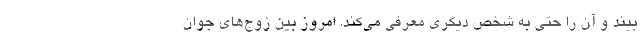
بیند و آن را حتی به شخص دیگری معرفی می‌کند. امروز بین زوج‌های جوان